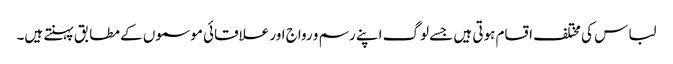
لباس کی مختلف اقسام ہوتی ہیں جسے لوگ اپنے رسم و رواج اور علاقائی موسموں کے مطابق پہنتے ہیں۔